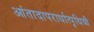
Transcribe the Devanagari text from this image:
आंतादापरार्धात्पृथिव्यै